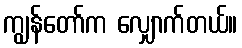
ကျွန်တော်က လျှောက်တယ်။